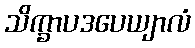
သိက္ခာပဒပေယျာလံ